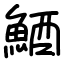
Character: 鯂